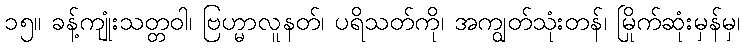
၁၅။ ခန့်ကျုံးသတ္တဝါ၊ ဗြဟ္မာလူနတ်၊ ပရိသတ်ကို၊ အကျွတ်သုံးတန်၊ မြိုက်ဆုံးမှန်မှ၊